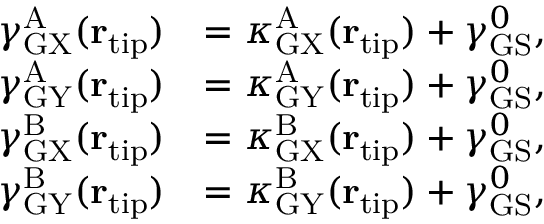
\begin{array} { r l } { \gamma _ { \mathrm { G X } } ^ { \mathrm { A } } ( { \bf r } _ { \mathrm { t i p } } ) } & { = \kappa _ { \mathrm { G X } } ^ { \mathrm { A } } ( { \bf r } _ { \mathrm { t i p } } ) + \gamma _ { \mathrm { G S } } ^ { 0 } , } \\ { \gamma _ { \mathrm { G Y } } ^ { \mathrm { A } } ( { \bf r } _ { \mathrm { t i p } } ) } & { = \kappa _ { \mathrm { G Y } } ^ { \mathrm { A } } ( { \bf r } _ { \mathrm { t i p } } ) + \gamma _ { \mathrm { G S } } ^ { 0 } , } \\ { \gamma _ { \mathrm { G X } } ^ { \mathrm { B } } ( { \bf r } _ { \mathrm { t i p } } ) } & { = \kappa _ { \mathrm { G X } } ^ { \mathrm { B } } ( { \bf r } _ { \mathrm { t i p } } ) + \gamma _ { \mathrm { G S } } ^ { 0 } , } \\ { \gamma _ { \mathrm { G Y } } ^ { \mathrm { B } } ( { \bf r } _ { \mathrm { t i p } } ) } & { = \kappa _ { \mathrm { G Y } } ^ { \mathrm { B } } ( { \bf r } _ { \mathrm { t i p } } ) + \gamma _ { \mathrm { G S } } ^ { 0 } , } \end{array}